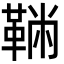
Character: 𩋇